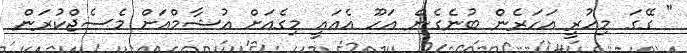
" ގޭގަ މިހުރީ އަހަރެން ބުނެގެން އަހޫ އެއައީ މިގެއަށް އުޝާމްއަށް މެސެޖްކުރަން